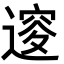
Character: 𨕦